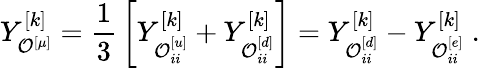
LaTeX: Y_{{\cal O}_{}^{[\mu]}}^{[k]}={\frac{1}{3}}\left[Y_{{\cal O}_{ii}^{[u]}}^{[k]}+Y_{{\cal O}_{ii}^{[d]}}^{[k]}\right]=Y_{{\cal O}_{ii}^{[d]}}^{[k]}-Y_{{\cal O}_{ii}^{[e]}}^{[k]}\ .